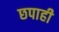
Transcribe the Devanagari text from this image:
छपाही